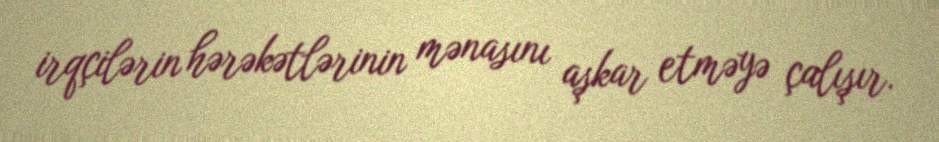
irqçilərin hərəkətlərinin mənasını aşkar etməyə çalışır.